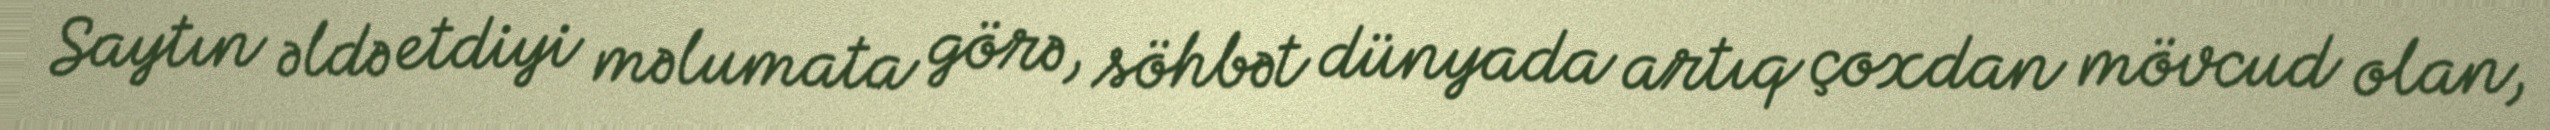
Saytın əldə etdiyi məlumata görə, söhbət dünyada artıq çoxdan mövcud olan,